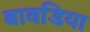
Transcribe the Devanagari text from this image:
बावडिया